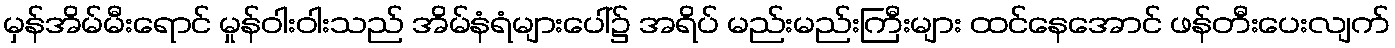
မှန်အိမ်မီးရောင် မှုန်ဝါးဝါးသည် အိမ်နံရံများပေါ်၌ အရိပ် မည်းမည်းကြီးများ ထင်နေအောင် ဖန်တီးပေးလျက်